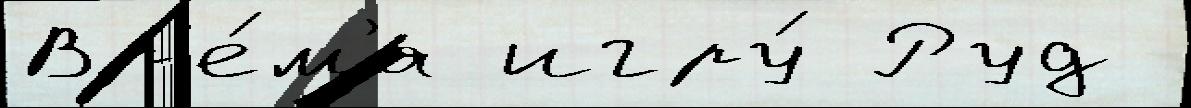
Вр'е́м'я игру́ Руд